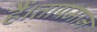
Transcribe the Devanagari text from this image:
हैं।तापमान